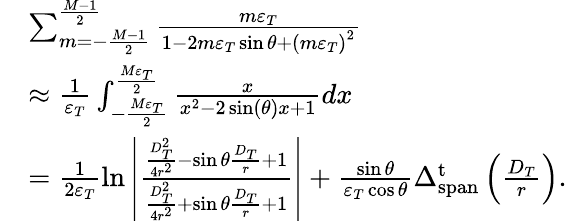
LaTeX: \begin{array}{rl}&{\sum_{m=-\frac{{M-1}}{2}}^{\frac{{M-1}}{2}}{\frac{{m{\varepsilon_{T}}}}{{1-2m{\varepsilon_{T}}\sin\theta+{{(m{\varepsilon_{T}})}^{2}}}}}}\\ &{\approx\frac{1}{{{\varepsilon_{T}}}}\int_{-\frac{{M{\varepsilon_{T}}}}{2}}^{\frac{{M{\varepsilon_{T}}}}{2}}{\frac{x}{{{x^{2}}-2\sin(\theta)x+1}}}dx}\\ &{=\frac{1}{{2{\varepsilon_{T}}}}\ln\left|{\frac{{\frac{{D_{T}^{2}}}{{4{r^{2}}}}-\sin\theta\frac{{{D_{T}}}}{r}+1}}{{\frac{{D_{T}^{2}}}{{4{r^{2}}}}+\sin\theta\frac{{{D_{T}}}}{r}+1}}}\right|+\frac{{\sin\theta}}{{{\varepsilon_{T}}\cos\theta}}\Delta_{\mathrm{{span}}}^{\mathrm{t}}\left(\frac{{{D_{T}}}}{r}\right).}\end{array}